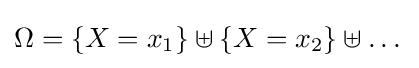
\Omega =\{X=x_{1}\}\uplus \{X=x_{2}\}\uplus \dots